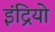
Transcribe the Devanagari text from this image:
इंद्रियो